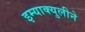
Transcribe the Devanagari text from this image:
इम्‍याक्‍युलीने